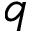
q